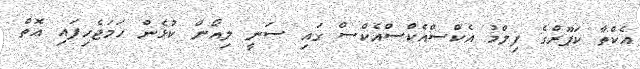
އެކްތާ ކަޕޫރްގެ ފިލްމު އެކްސްއެކްސްއެކްސް ގައި ސަނީ ލިއޯން ކުޅެން ހަމަޖެހިފައި އޮތް